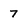
Character: 7